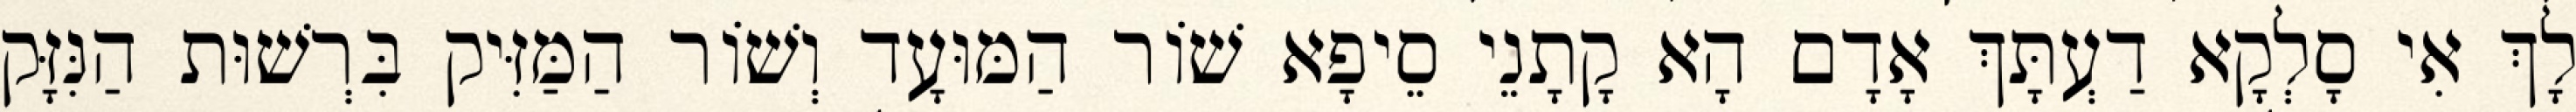
לָךְ אִי סָלְקָא דַעְתָּךְ אָדָם הָא קָתָנֵי סֵיפָא שׁוֹר הַמּוּעָד וְשׁוֹר הַמַּזִּיק בִּרְשׁוּת הַנִּזָּק